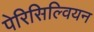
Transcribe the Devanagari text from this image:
पेरिसिल्वियन